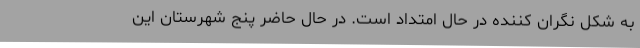
به شکل نگران کننده در حال امتداد است. در حال حاضر پنج شهرستان این